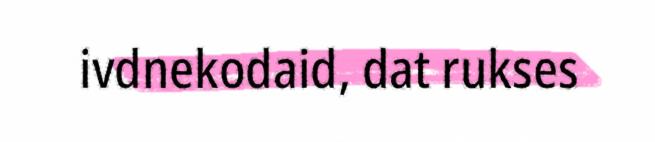
ivdnekodaid, dat rukses